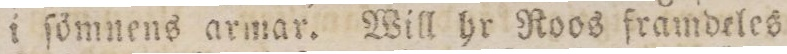
i ſömnes armar. Will hr Roos framdeles